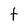
Character: t